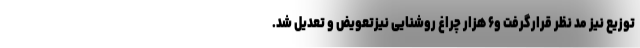
توزیع نیز مد نظر قرارگرفت و۶ هزار چراغ روشنایی نیزتعویض و تعدیل شد.